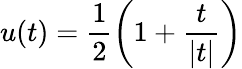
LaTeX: u(t)=\frac{1}{2}\left(1+\frac{t}{|t|}\right)